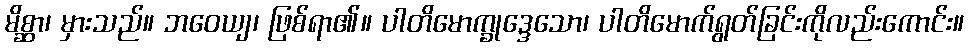
မိစ္ဆာ၊ မှားသည်။ ဘဝေယျ၊ ဖြစ်ရာ၏။ ပါတိမောက္ခုဒ္ဒေသော၊ ပါတိမောက်ရွတ်ခြင်းကိုလည်းကောင်း။